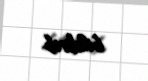
bildirib.